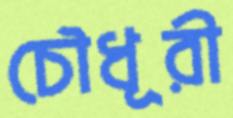
চৌধূরী